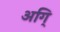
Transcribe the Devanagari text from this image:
अगि्